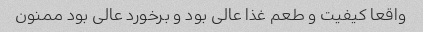
واقعا کیفیت و طعم غذا عالی بود و برخورد عالی بود ممنون